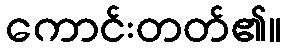
ကောင်းတတ်၏။